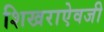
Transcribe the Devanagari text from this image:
शिखराऐवजी